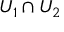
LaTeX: U _ { 1 } \cap U _ { 2 }